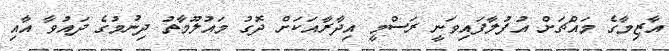
އާޒިމާގެ މައްޗަށް އުފުލާފައިވަނީ ރަސްމީ އިދާރާއަކަށް ދޮގު މައުލޫމާތު ދިނުމުގެ ދައުވާ އާއި